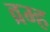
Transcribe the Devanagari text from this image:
व्रम्ह